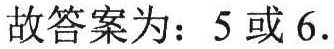
故答案为：$5$或$6$.